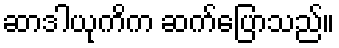
ဆာဒါယုကိက ဆက်ပြောသည်။